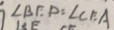
\angle B E P = \angle C E A